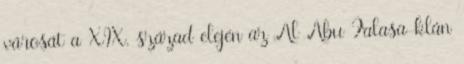
városát a XIX. század elején az Al Abu Falasa-klán